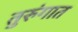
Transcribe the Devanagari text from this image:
तुरुंंगात